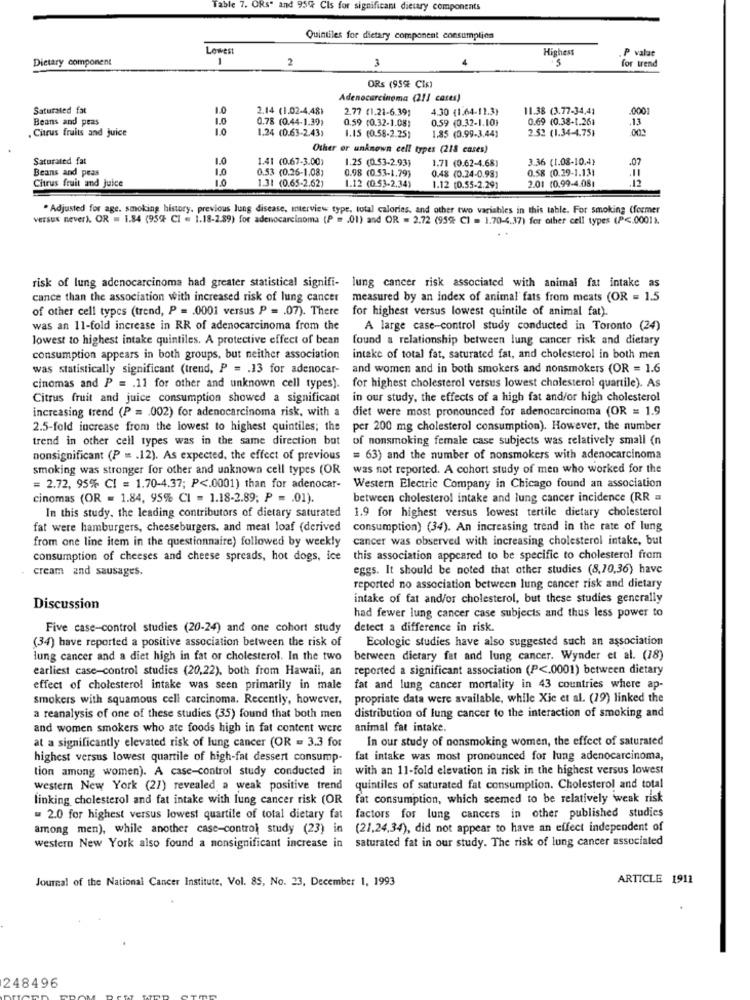
Table 7. ORs" and 95% Cls for significant dietary components
Quintiles for dietary component consumption
Lowest
Highess
P value
Dietary component
1
2
3
-
for trend
ORS (95%% CIs)
Adenocarcinoma (211 cases)
Saturated fat
1.0
2.14 (1.02-4,48)
2.77 (1.21-6.39,
4.30 (1.64-11.3)
11.38 (3.77-34,41
.000
Beans and peas
1.0
0.78 (0.44-1.39;
0.59 (0.32-1.08)
0.59 (0.32-1.10}
0.69 (0.38-1.261
.13
Citrus fruits and juice
1.0
1,24 (0.63-2.43)
2.52 (1.34-4.75)
1.15 (0.58-2.25)
1.85 (0.99-3,44)
Other or unknown cell types (218 cases)
Saturated fat
1.41 (0.67-3.00)
1.25 (0.53-2.93)
1.71 (0.62-4.68]
3.36 (1.08-10.4)
.07
1.0
1.0
0.53 (0.26-1.08)
0.98 (0.53-1.79)
0.58 (0.29-1.13)
Beans and peas
Citrus fruit and Juice
10
0.48 (0.24-0.98)
2.01 (0.99-4.08
1.31 (0.65-2.62)
1.12 (0.53-2,34)
1.12 (0.55-2.29)
" Adjusted for age. smoking history, previous lung disease, interview type, total calories, and other two variables in this table. For smoking (former
versus never). OR = 1.84 (959 CI = 1.18-2.89) for adenocarcinoma (P. m .01) and OR = 2.72 (95% CI = 1.70-4.37) for other cell types (P <. 0001).
risk of lung adenocarcinoma had greater statistical signifi- lung cancer risk associated with animal fat intake as
cance than the association with increased risk of lung cancer
measured by an index of animal fats from meats (OR = 1.5
of other cell types (trend, P = . 0001 versus P = . 07). There
for highest versus lowest quintile of animal fat).
was an 11-fold increase in RR of adenocarcinoma from the
A large case-control study conducted in Toronto (24)
lowest to highest intake quintiles. A protective effect of bean
found a relationship between lung cancer risk and dietary
consumption appears in both groups, but neither association
intake of total fat, saturated fat, and cholesterol in both men
was statistically significant (trend, P = . 13 for adenocar-
and women and in both smokers and nonsmokers (OR = 1.6
cinomas and P = . 11 for other and unknown cell types).
for highest cholesterol versus lowest cholesterol quartile). As
Citrus fruit and juice consumption showed a significant
in our study, the effects of a high fat and/or high cholesterol
increasing trend (P = . 002) for adenocarcinoma risk, with a
diet were most pronounced for adenocarcinoma (OR = 1.9
2.5-fold increase from the lowest to highest quintiles; the
per 200 mg cholesterol consumption). However, the number
trend in other cell types was in the same direction but
of nonsmoking female case subjects was relatively small (n
nonsignificant (P = . 12). As expected, the effect of previous
= 63) and the number of nonsmokers with adenocarcinoma
smoking was stronger for other and unknown cell types (OR
was not reported. A cohort study of men who worked for the
= 2.72, 95% CI = 1.70-4.37; P <. 0001) than for adenocar-
Western Electric Company in Chicago found an association
cinomas (OR = 1.84, 95% CI = 1.18-2.89; P = . 01).
between cholesterol intake and lung cancer incidence (RR =
In this study. the leading contributors of dietary saturated
1.9 for highest versus lowest tertile dietary cholesterol
fat were hamburgers, cheeseburgers, and meat loaf (derived
consumption) (34). An increasing trend in the rate of lung
from one line item in the questionnaire) followed by weekly
cancer was observed with increasing cholesterol intake, but
consumption of cheeses and cheese spreads, hot dogs, ice
this association appeared to be specific to cholesterol from
cream and sausages.
eggs. It should be noted that other studies (8,70,36) have
reported no association between lung cancer risk and dietary
intake of fat and/or cholesterol, but these studies generally
Discussion
had fewer lung cancer case subjects and thus less power to
Five case-control studies (20-24) and one cohort study
detect a difference in risk.
(34) have reported a positive association between the risk of
Ecologic studies have also suggested such an association
lung cancer and a diet high in fat or cholesterol. In the two
between dietary fat and lung cancer. Wynder et al. (18)
earliest case-control studies (20,22), both from Hawaii, an
reported a significant association (P <. 0001) between dietary
effect of cholesterol intake was seen primarily in male
fat and lung cancer mortality in 43 countries where ap-
smokers with squamous cell carcinoma. Recently, however,
propriate data were available, while Xie et al. (19) linked the
distribution of lung cancer to the interaction of smoking and
a reanalysis of one of these studies (35) found that both men
and women smokers who ate foods high in fat content were
animal fat intake.
In our study of nonsmoking women, the effect of saturated
at a significantly elevated risk of lung cancer (OR = 3.3 for
highest versus lowest quartile of high-fat dessert consump-
fat intake was most pronounced for lung adenocarcinoma,
tion among women). A case-control study conducted in
with an 11-fold elevation in risk in the highest versus lowest
western New York (21) revealed a weak positive trend
quintiles of saturated fat consumption. Cholesterol and total
linking cholesterol and fat intake with lung cancer risk (OR
fat consumption, which seemed to be relatively weak risk
= 2.0 for highest versus lowest quartile of total dietary fat
factors for lung cancers in other published studies
among men), while another case-control study (23) in (21.24,34), did not appear to have an effect independent of
western New York also found a nonsignificant increase in saturated fat in our study. The risk of lung cancer associated
Journal of the National Cancer Institute, Vol. 85, No. 23. December 1, 1993
ARTICLE 1911
248496